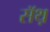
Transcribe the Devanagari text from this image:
सॅथ़